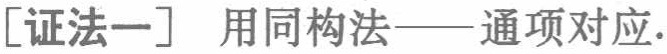
[证法一] 用同构法——通项对应.